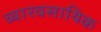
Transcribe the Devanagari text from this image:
व्यारवसायिक